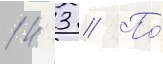
14 3 // По́